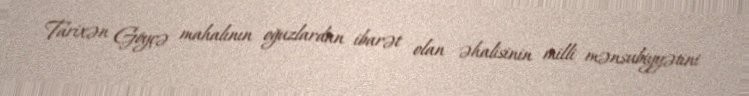
Tarixən Göyçə mahalının oğuzlardan ibarət olan əhalisinin milli mənsubiyyətini